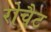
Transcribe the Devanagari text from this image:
रोचैट